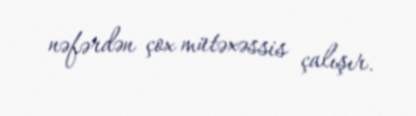
nəfərdən çox mütəxəssis çalışır.